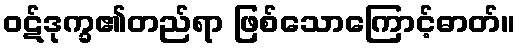
ဝဋ်ဒုက္ခ၏တည်ရာ ဖြစ်သောကြောင့်ဓာတ်။